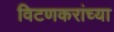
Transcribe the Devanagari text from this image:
विटणकरांच्या